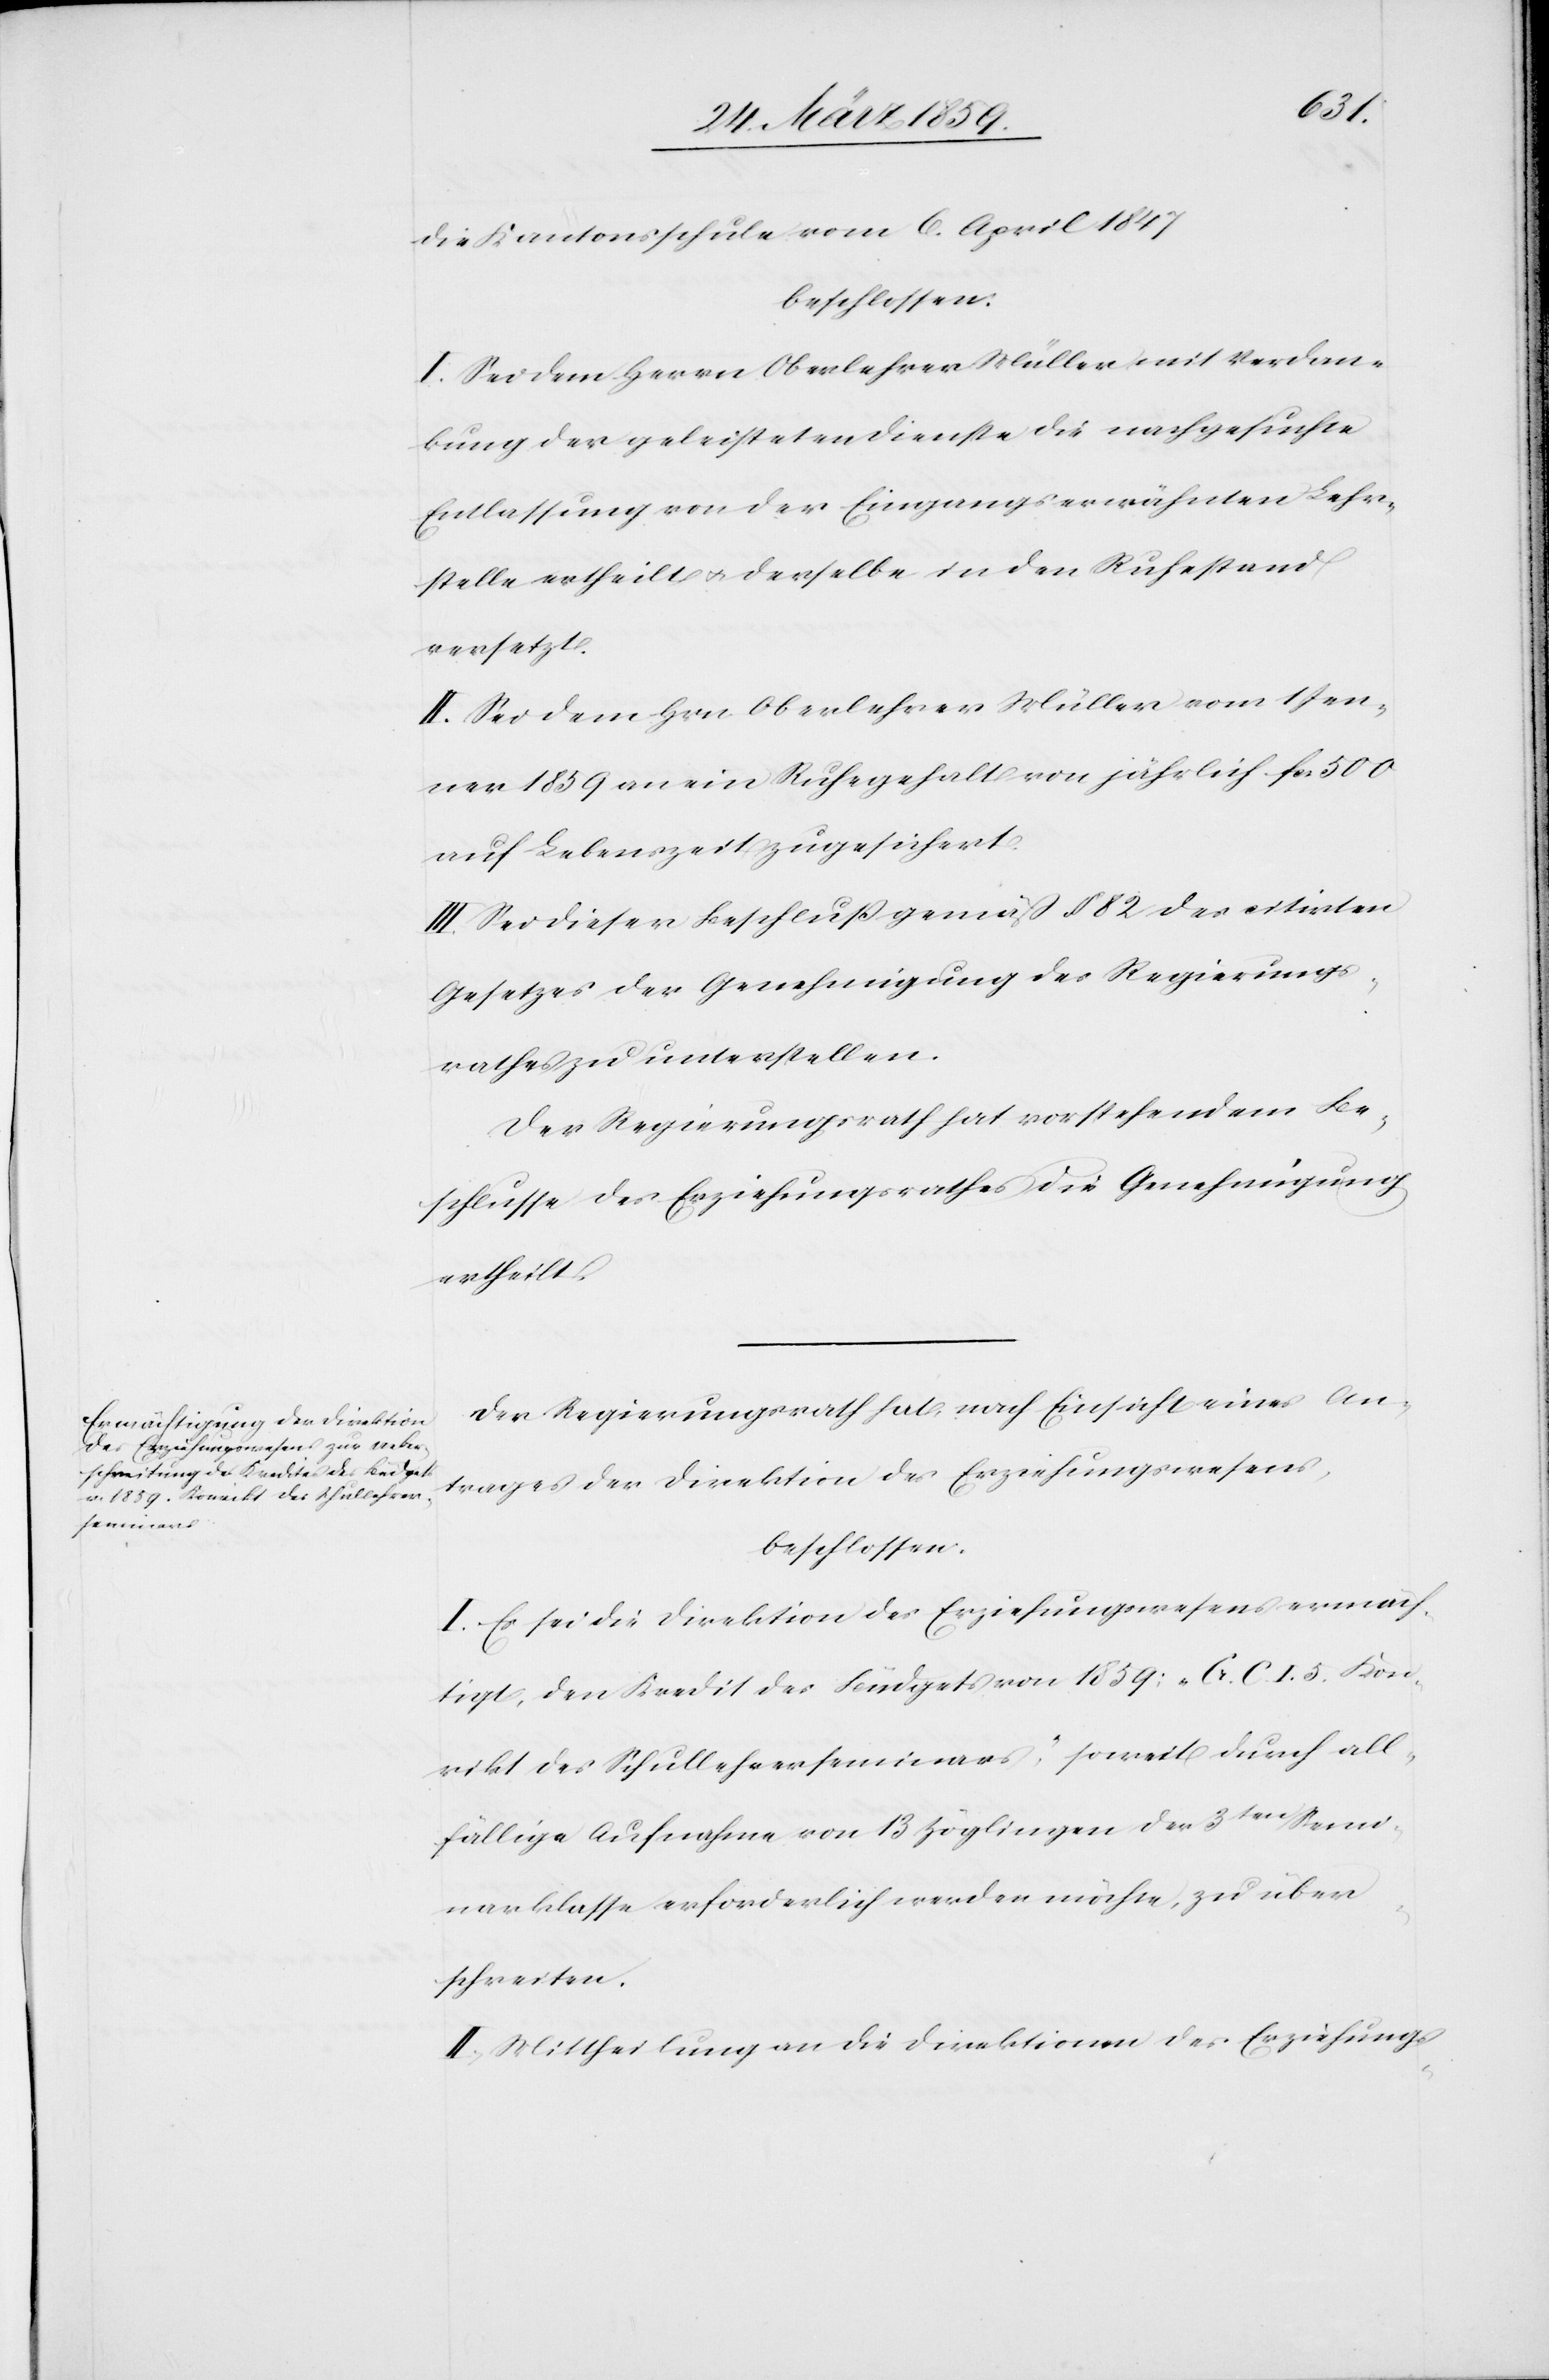
die Kantonsschule vom 6. April 1847
beschlossen:
I. Sei dem Herrn Oberlehrer Müller mit Verdan¬
kung der geleisteten Dienste die nachgesuchte
Entlassung von der Eingangs erwähnten Lehr¬
stelle ertheilt u. derselbe in den Ruhestand
versetzt.
II. Sei dem Hrn. Oberlehrer Müller vom 1 Jen¬
ner 1859 an ein Ruhegehalt von jährlich fcs. 500
auf Lebenszeit zugesichert.
III. Sei dieser Beschluß gemäß § 82 des citirten
Gesetzes der Genehmigung des Regierungs¬
rathes zu unterstellen.
Der Regierungsrath hat vorstehendem Be¬
schlusse des Erziehungsrathes die Genehmigung
ertheilt.
Der Regierungsrath hat, nach Einsicht eines An¬
trages der Direktion des Erziehungswesens,
beschlossen:
I. Es sei die Direktion des Erziehungswesens ermäch¬
tigt, den Kredit des Budgets von 1859: „Cs. C. I. 5. Kon¬
vikt des Schullehrerseminars“, soweit durch all¬
fällige Aufnahme von 13 Zöglingen der 3ten Semi¬
narklasse erforderlich werden möchte, zu über¬
schreiten.
II. Mittheilung an die Direktion des Erziehungs-